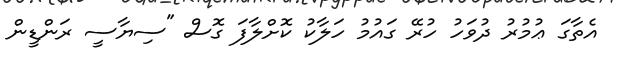
އެތާގަ ޢުމުރު ދުވަހު ހުރޭ ގައުމު ހަލާކު ކޮށްލާފަ ގޮސް "ސިޔާސީ ރަންޑީން